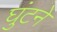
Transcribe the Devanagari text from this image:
घुंटने